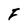
Character: F